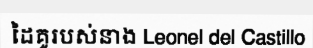
ដៃគូរបស់នាង Leonel del Castillo